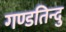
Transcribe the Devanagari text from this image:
गण्डतिन्दु